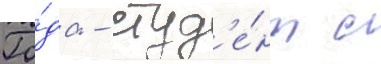
Го́да - студ'е́нт с